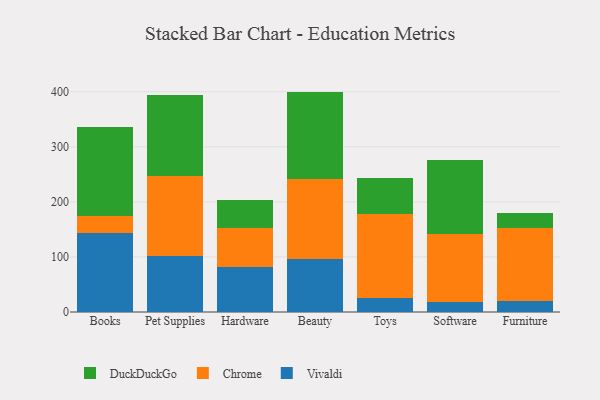
{"axis": {"x": "Category", "y": "Customer Acquisition Cost (USD)"}, "legend": ["Chrome", "DuckDuckGo", "Vivaldi"], "data": [{"x": "Books", "y": 143.0, "type": "Vivaldi"}, {"x": "Books", "y": 31.1, "type": "Chrome"}, {"x": "Books", "y": 162.4, "type": "DuckDuckGo"}, {"x": "Pet Supplies", "y": 102.6, "type": "Vivaldi"}, {"x": "Pet Supplies", "y": 144.9, "type": "Chrome"}, {"x": "Pet Supplies", "y": 147.0, "type": "DuckDuckGo"}, {"x": "Hardware", "y": 82.1, "type": "Vivaldi"}, {"x": "Hardware", "y": 71.2, "type": "Chrome"}, {"x": "Hardware", "y": 50.3, "type": "DuckDuckGo"}, {"x": "Beauty", "y": 97.1, "type": "Vivaldi"}, {"x": "Beauty", "y": 143.9, "type": "Chrome"}, {"x": "Beauty", "y": 159.3, "type": "DuckDuckGo"}, {"x": "Toys", "y": 25.7, "type": "Vivaldi"}, {"x": "Toys", "y": 151.6, "type": "Chrome"}, {"x": "Toys", "y": 65.4, "type": "DuckDuckGo"}, {"x": "Software", "y": 18.4, "type": "Vivaldi"}, {"x": "Software", "y": 124.0, "type": "Chrome"}, {"x": "Software", "y": 133.0, "type": "DuckDuckGo"}, {"x": "Furniture", "y": 19.4, "type": "Vivaldi"}, {"x": "Furniture", "y": 132.8, "type": "Chrome"}, {"x": "Furniture", "y": 28.0, "type": "DuckDuckGo"}]}